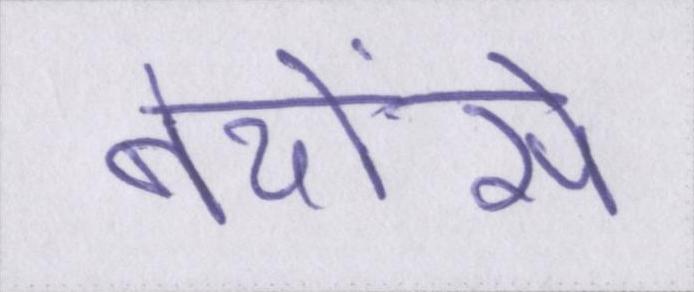
बेयोंसे